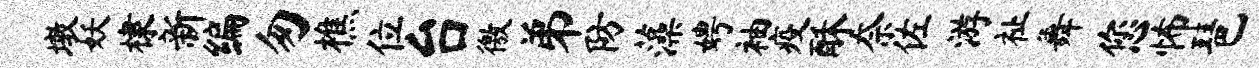
墩妖棣新编匆樵位台徼弟防藻娉袖疫酥奈佐游祉舞您怖琶